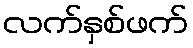
လက်နှစ်ဖက်